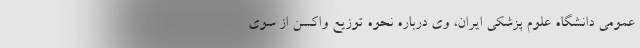
عمومی دانشگاه علوم پزشکی ایران، وی درباره نحوه توزیع واکسن از سوی